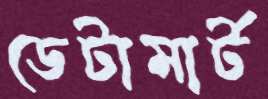
ডেটামার্ট